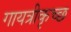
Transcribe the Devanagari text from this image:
गायत्रीकृच्छ